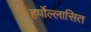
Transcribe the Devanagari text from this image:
हर्षोल्लासित